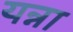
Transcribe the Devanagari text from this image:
यन्ना